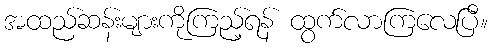
အထည်ဆန်းများကိုကြည့်ရန် ထွက်လာကြလေပြီ။